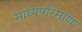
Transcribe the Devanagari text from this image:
माध्यपरिमाण